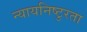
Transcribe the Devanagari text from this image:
न्यायनिष्टुरता